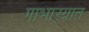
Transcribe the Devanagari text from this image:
गाभार्‍यात